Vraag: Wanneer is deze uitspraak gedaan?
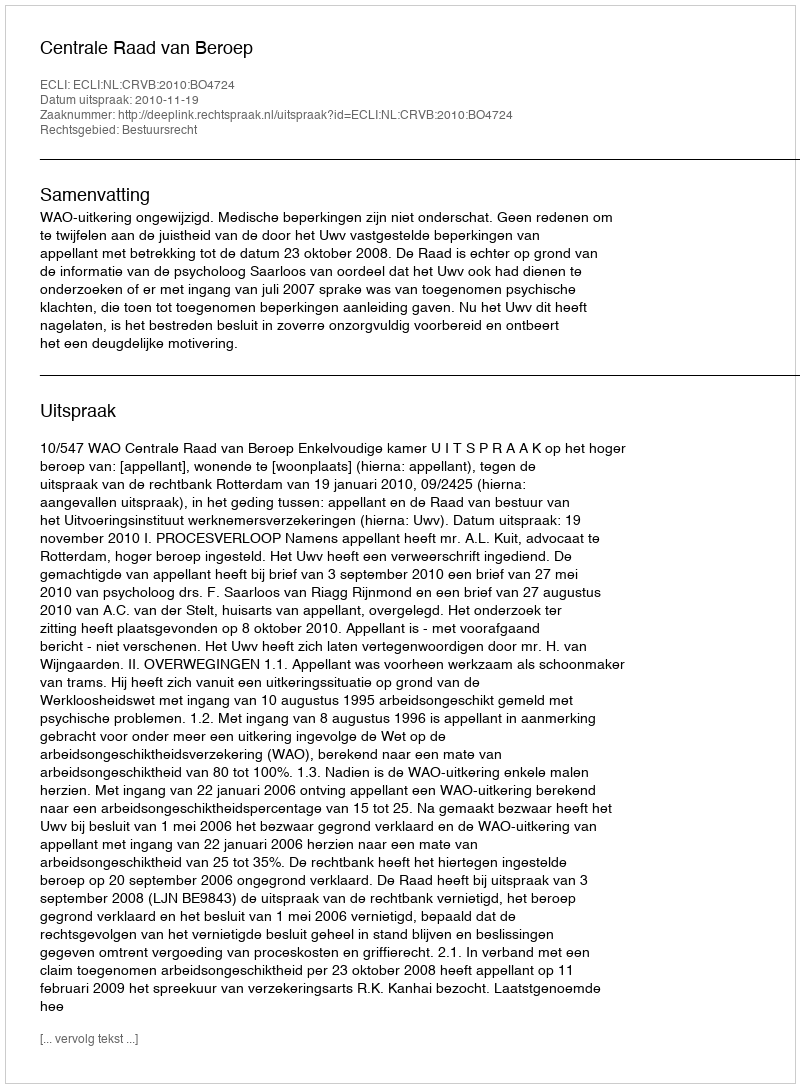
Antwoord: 2010-11-19